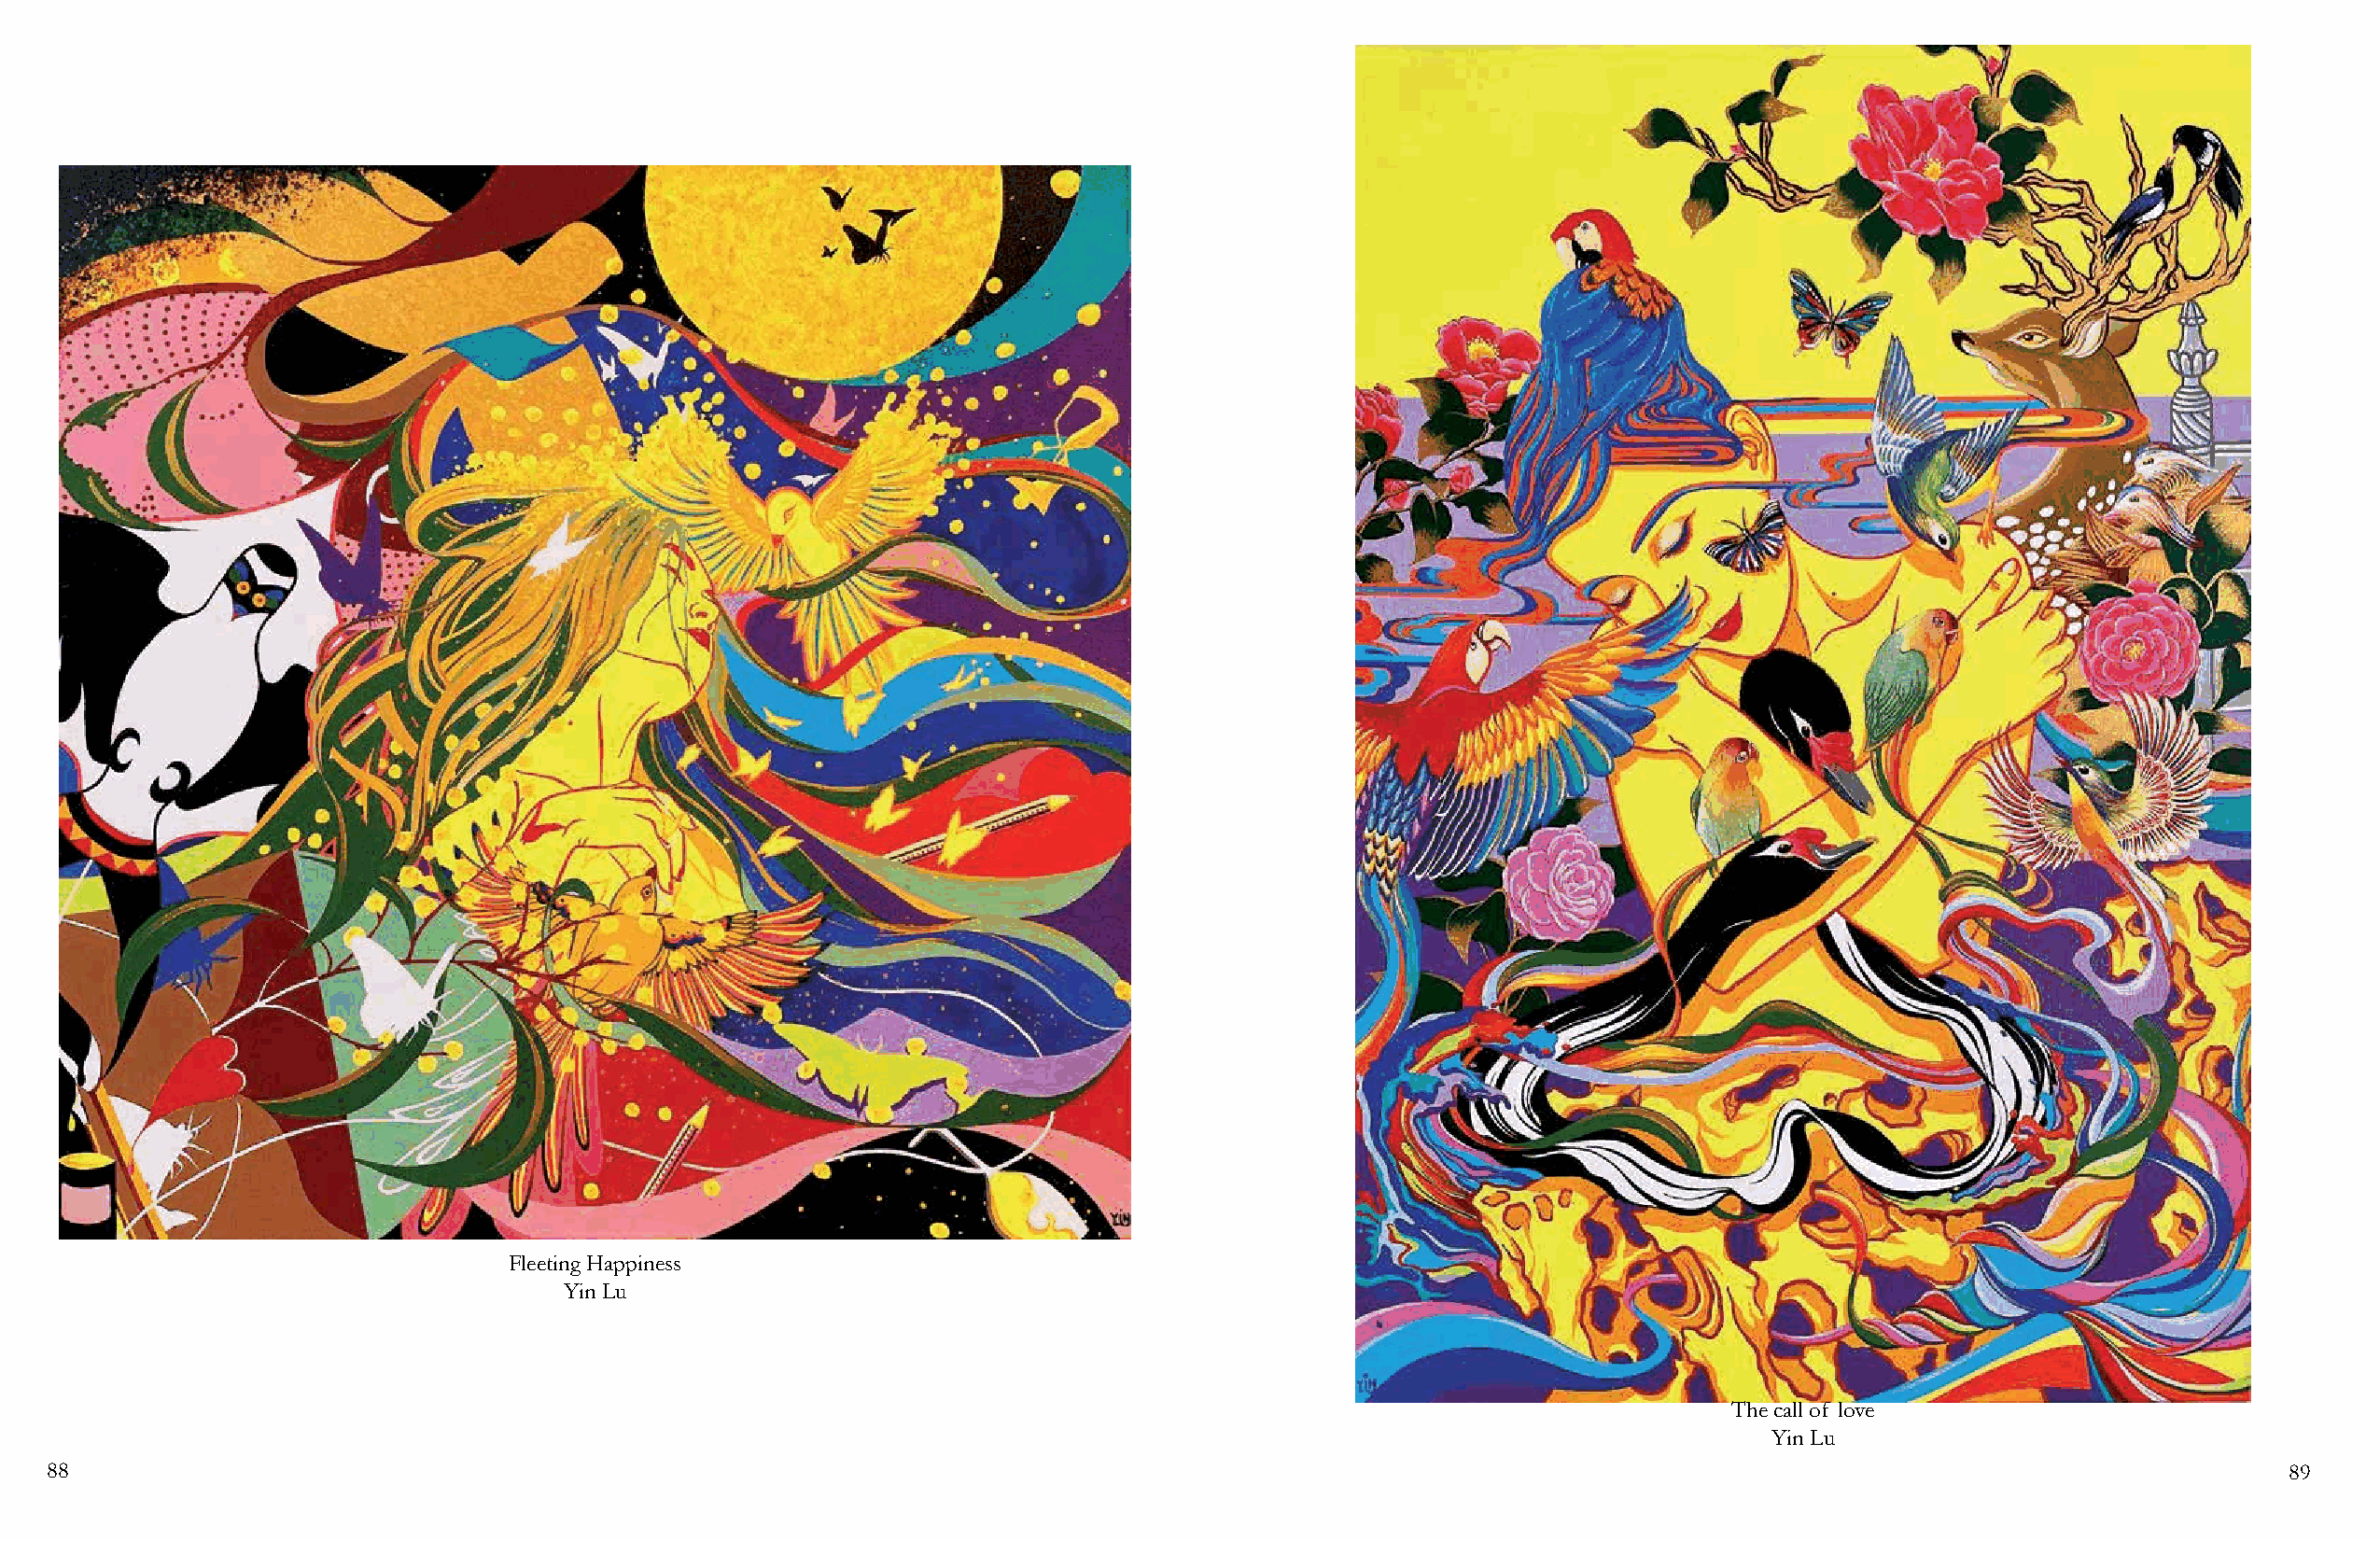
Fleeting Happiness
 Yin Lu
 The call of love
 Yin Lu
 88                                                                                                                                                             89